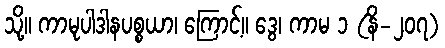
သို့။ ကာမုပါဒါနပစ္စယာ၊ ကြောင့်။ ဒွေ၊ ကာမ ၁ (နိ-၂၀၇)